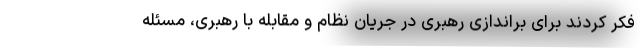
فکر کردند برای براندازی رهبری در جریان نظام و مقابله با رهبری، مسئله